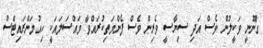
ގާނޫނީ ވަކީލުން ވެސް އަދި ސިޔާސީ ވެރިން ވެސް ފެންމަތިކުރައްވާ މައްސަލައަކީ ހިއުމަންރައިޓްސް